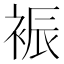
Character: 裖